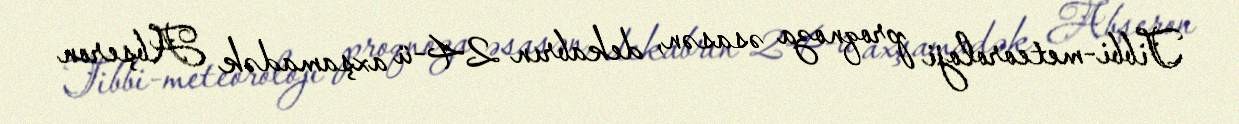
Tibbi-meteoroloji proqnoza əsasən, dekabrın 24-ü axşamadək Abşeron